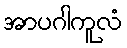
အာပဂါကူလံ